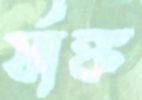
র‍্যাঙ্ক